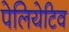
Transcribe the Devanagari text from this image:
पेलियेटिव